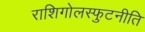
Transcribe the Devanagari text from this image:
राशिगोलस्फुटनीति